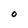
Character: 0